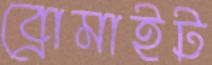
ব্রোমাইট